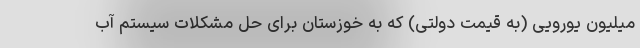
میلیون یورویی (به قیمت دولتی) که به خوزستان برای حل مشکلات سیستم آب